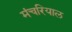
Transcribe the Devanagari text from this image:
मंचरियाल